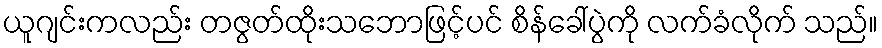
ယူဂျင်းကလည်း တဇွတ်ထိုးသဘောဖြင့်ပင် စိန်ခေါ်ပွဲကို လက်ခံလိုက် သည်။